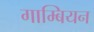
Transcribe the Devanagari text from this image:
गाम्बियन